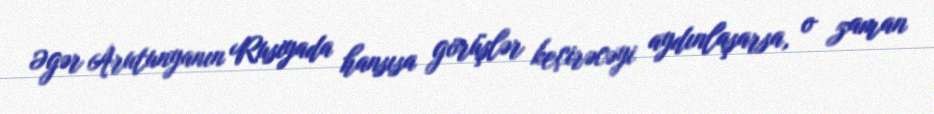
Əgər Arutunyanın Rusiyada hansısa görüşlər keçirəcəyi aydınlaşarsa, o zaman